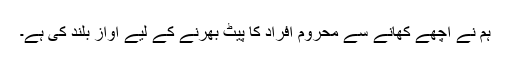
ہم نے اچھے کھانے سے محروم افراد کا پیٹ بھرنے کے لیے آواز بلند کی ہے۔